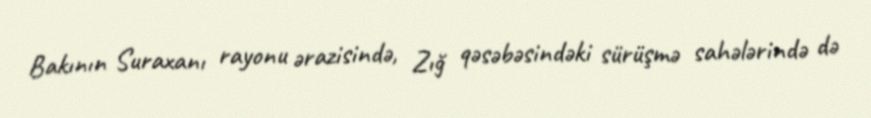
Bakının Suraxanı rayonu ərazisində, Zığ qəsəbəsindəki sürüşmə sahələrində də